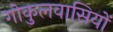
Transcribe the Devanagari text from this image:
गोकुलवासियों